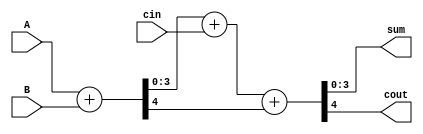
module carry_skip_lookahead_adder (
    input [3:0] A,
    input [3:0] B,
    input cin,
    output [3:0] sum,
    output cout
);

wire [3:0] sum1, sum2, sum3;
wire csk1, csk2;

assign {csk1, sum1} = A + B;
assign {csk2, sum2} = sum1 + cin;
assign {cout, sum3} = sum2 + csk1;

assign sum = sum3;

endmodule